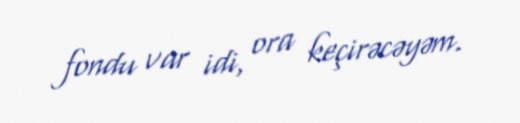
fondu var idi, ora keçirəcəyəm.